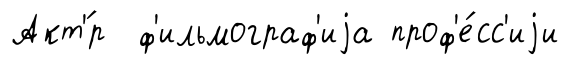
Акт'́р ф'ильмограф'иjа проф'е́сс'иjи